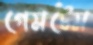
গেমটেম